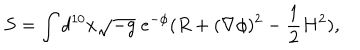
S = \int d ^ { 1 0 } x \sqrt { - g } \; e ^ { - \phi } ( R + ( \nabla \phi ) ^ { 2 } - \frac { 1 } { 2 } H ^ { 2 } ) ,